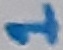
Text: 1